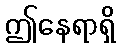
ဤနေရာရှိ